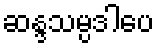
ဆန္ဒသမ္ပဒါပေ